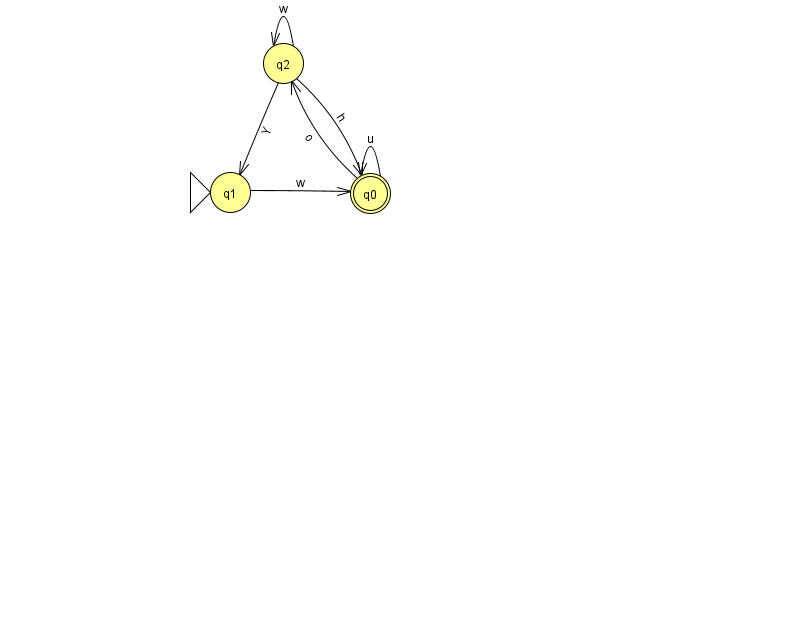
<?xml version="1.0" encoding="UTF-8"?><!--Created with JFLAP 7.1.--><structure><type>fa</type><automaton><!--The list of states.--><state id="0" name="q0"><x>370.0</x><y>180.0</y><final/></state><state id="1" name="q1"><x>230.0</x><y>179.0</y><initial/></state><state id="2" name="q2"><x>283.0</x><y>50.0</y></state><!--The list of transitions.--><transition><from>1</from><to>0</to><read>w</read></transition><transition><from>0</from><to>0</to><read>u</read></transition><transition><from>2</from><to>2</to><read>w</read></transition><transition><from>0</from><to>2</to><read>o</read></transition><transition><from>2</from><to>0</to><read>h</read></transition><transition><from>2</from><to>1</to><read>Y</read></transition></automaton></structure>